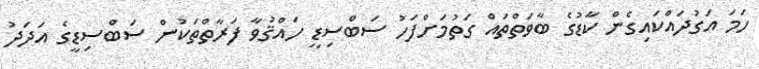
ހަމަ އަގުދައްކައިގެން ކާޑުގެ ބާވަތްތައް ގަތުމަށްފަހު ސަބްސިޑީ ހައްޤުވާ ފަރާތްތަކުން ސަބްސިޑީގެ އަދަދު